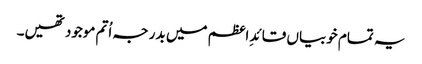
یہ تمام خوبیاں قائدِ اعظم میں بدر جہ اُتم موجود تھیں۔